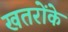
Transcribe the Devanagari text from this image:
खतरोंके